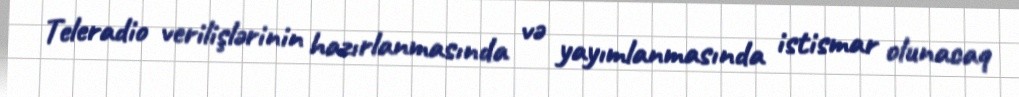
Tеlеradiо vеrilişlərinin hazırlanmasında və yayımlanmasında istismar оlunacaq